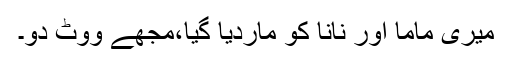
میری ماما اور نانا کو ماردیا گیا،مجھے ووٹ دو۔